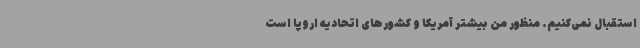
استقبال نمی‌کنیم. منظور من بیشتر آمریکا و کشورهای اتحادیه اروپا است